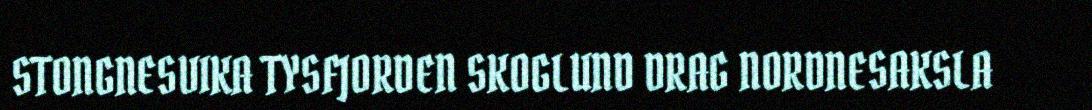
STONGNESVIKA TYSFJORDEN SKOGLUND DRAG NORDNESAKSLA